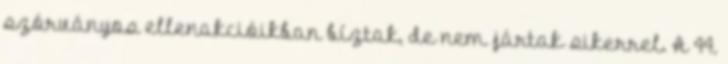
szórványos ellenakcióikban bíztak, de nem jártak sikerrel. A 44.